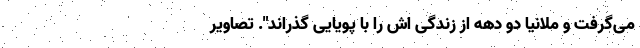
می‌گرفت و ملانیا دو دهه از زندگی اش را با پویایی گذراند". تصاویر